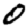
Digit: 0